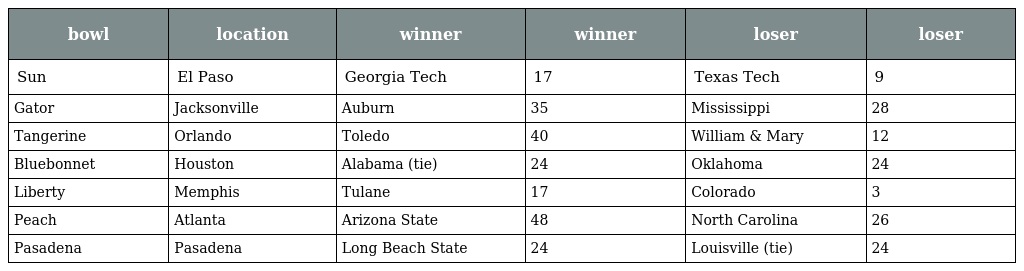
| bowl | location | winner | winner | loser | loser |
 | --- | --- | --- | --- | --- | --- |
 | Sun | El Paso | Georgia Tech | 17 | Texas Tech | 9 |
 | Gator | Jacksonville | Auburn | 35 | Mississippi | 28 |
 | Tangerine | Orlando | Toledo | 40 | William & Mary | 12 |
 | Bluebonnet | Houston | Alabama (tie) | 24 | Oklahoma | 24 |
 | Liberty | Memphis | Tulane | 17 | Colorado | 3 |
 | Peach | Atlanta | Arizona State | 48 | North Carolina | 26 |
 | Pasadena | Pasadena | Long Beach State | 24 | Louisville (tie) | 24 |